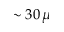
\sim 3 0 \, \mu